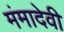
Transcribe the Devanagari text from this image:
मंमादेवी